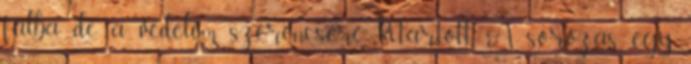
falba, de a védelem szerencsére kitartott. A sorozás egy